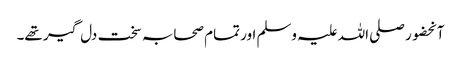
آنحضور صلی اللہ علیہ وسلم اور تمام صحابہ سخت دل گیر تھے۔